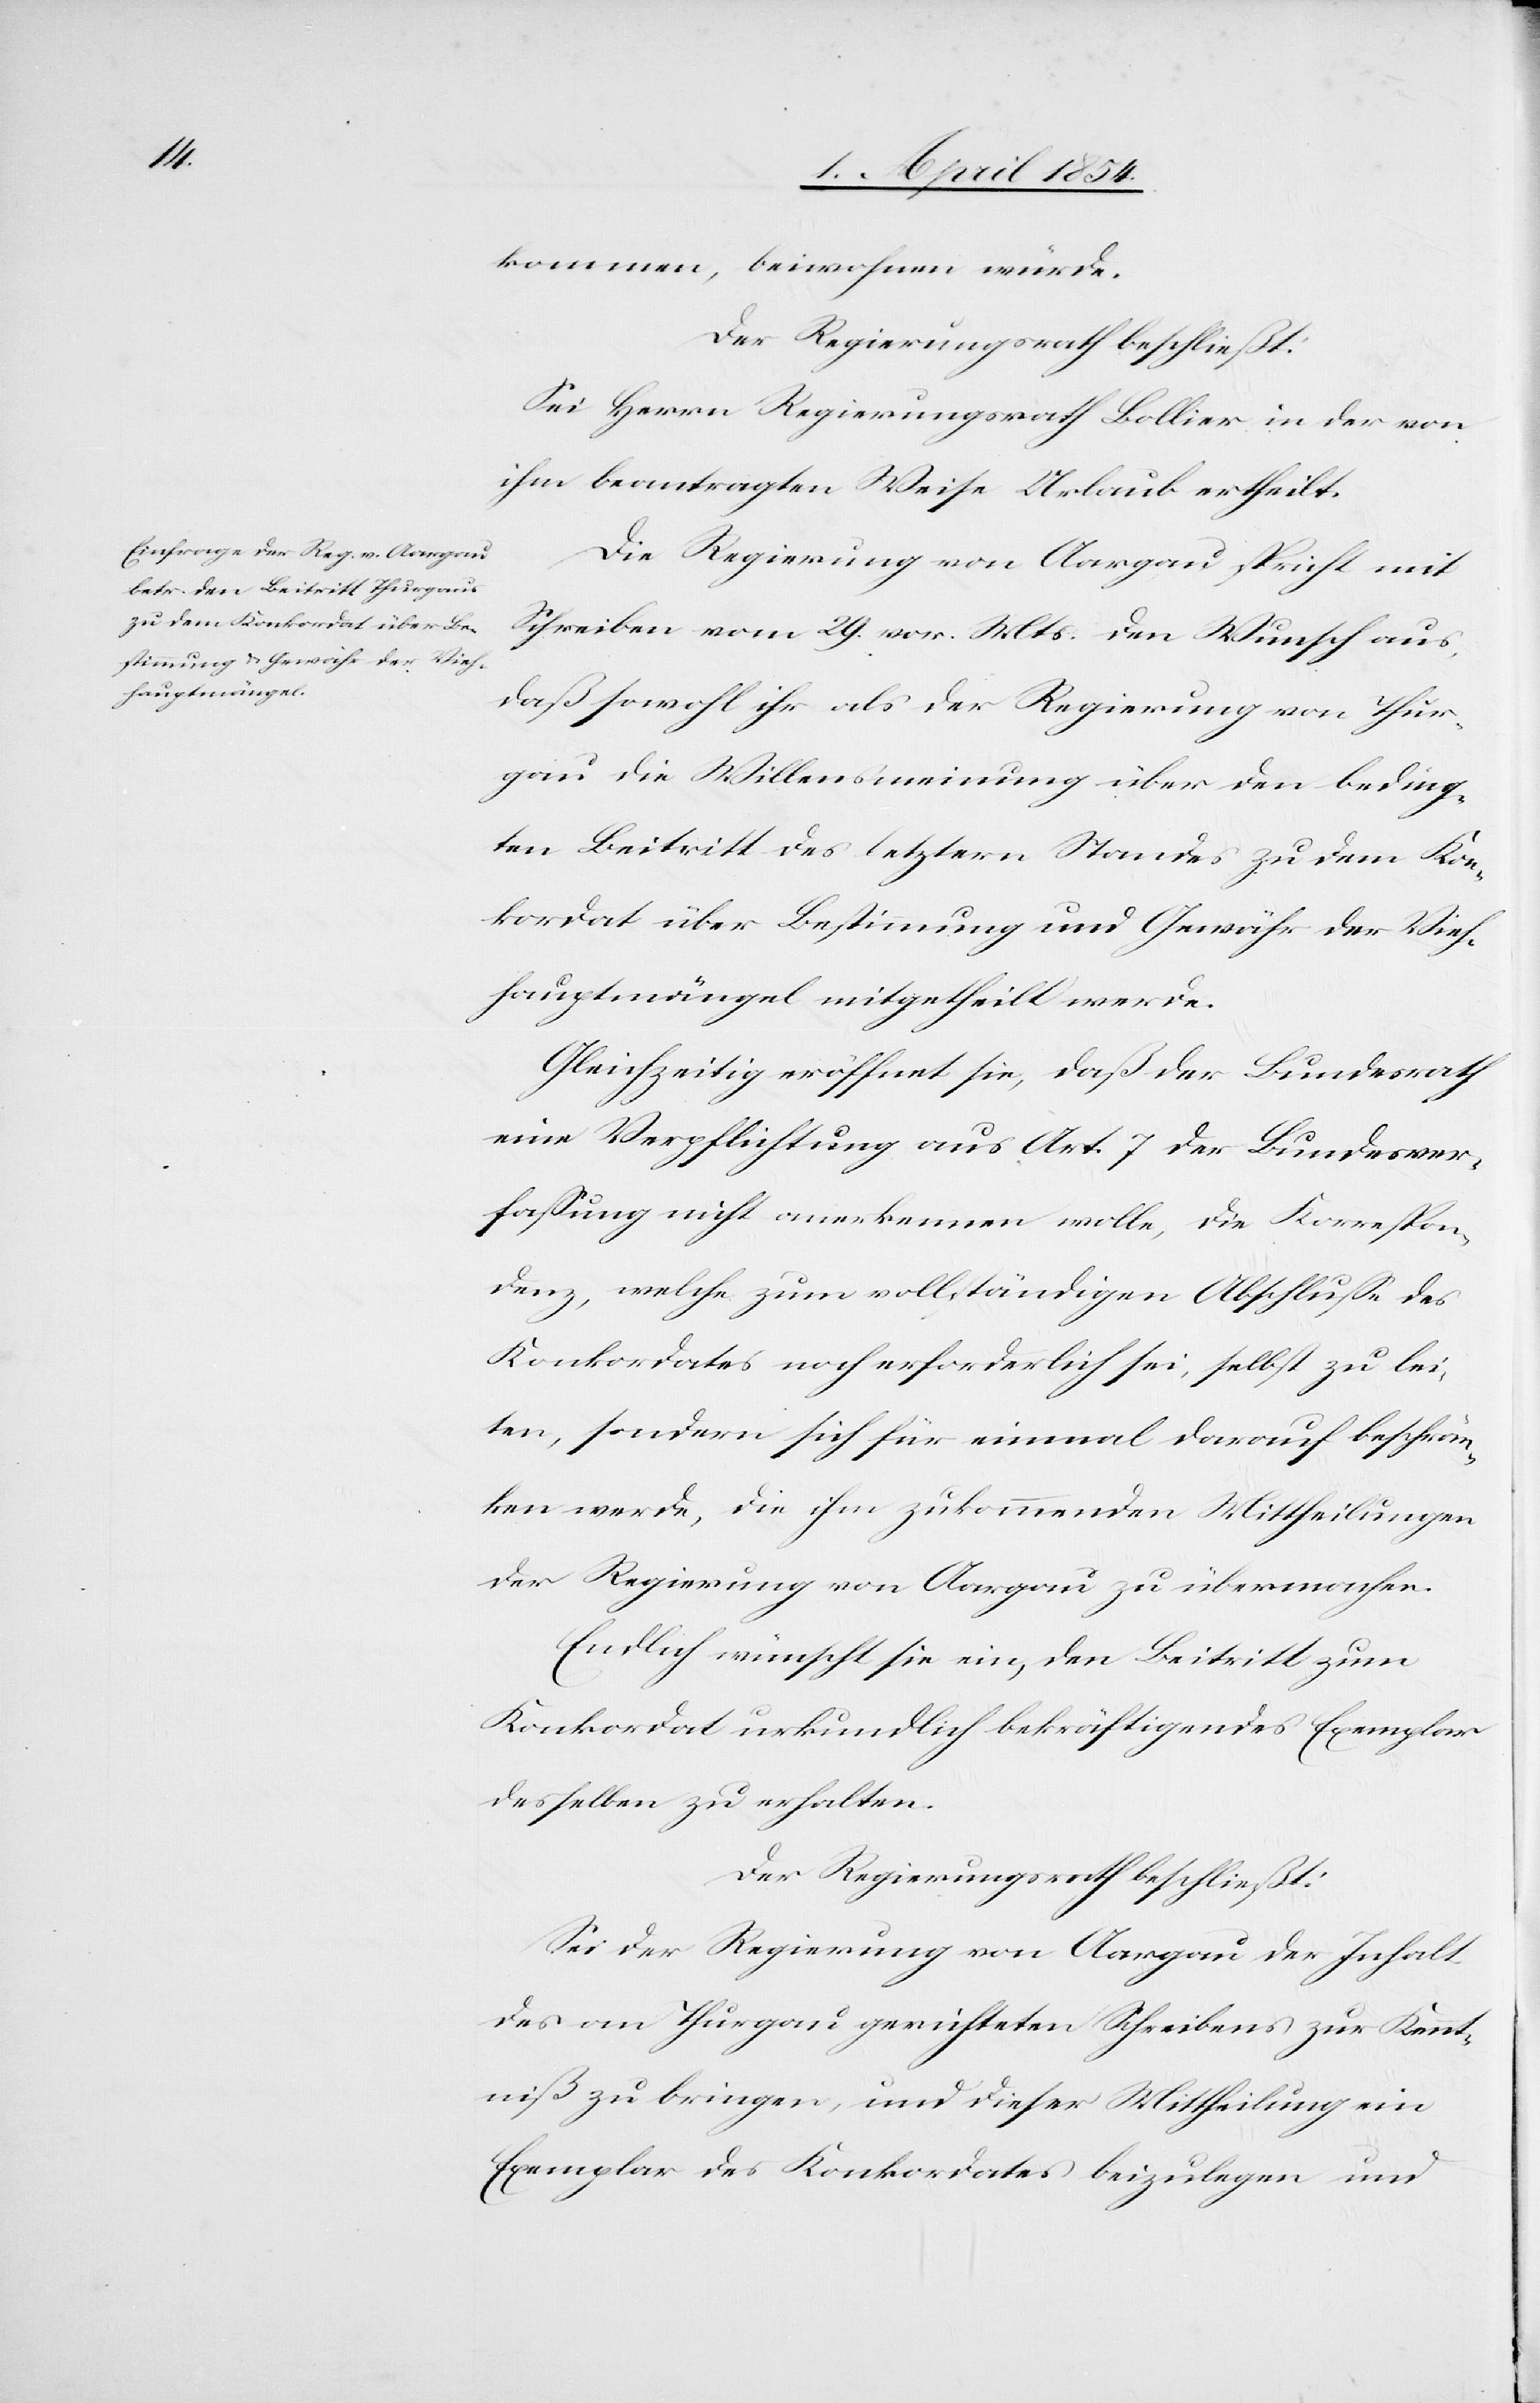
kommen, beiwohnen würde.
Der Regierungsrath beschließt:
Sei Herrn Regierungsrath Bollier in der von
ihm beantragten Weise Urlaub ertheilt.
Die Regierung von Aargau spricht mit
Schreiben vom 29. vor. Mts. den Wunsch aus,
daß sowohl ihr als der Regierung von Thur¬
gau die Willensmeinung über den beding¬
ten Beitritt des letztern Standes zu dem Kon¬
kordate über Bestimmung und Gewähr der Vieh¬
hauptmängel mitgetheilt werde.
Gleichzeitig eröffnet sie, daß der Bundesrath
eine Verpflichtung aus Art. 7 der Bundesver¬
faßung nicht anerkennen wolle, die Korrespon¬
denz, welche zum vollständigen Abschluße des
Konkordates noch erforderlich sei, selbst zu leis¬
ten, sondern sich für einmal darauf beschrän¬
ken werde, die ihm zukommenden Mittheilungen
der Regierung von Aargau zu übermachen.
Endlich wünscht sie ein, den Beitritt zum
Konkordat urkundlich bekräftigendes Exemplar
desselben zu erhalten.
Der Regierungsrath beschließt:
Sei der Regierung von Aargau der Inhalt
des an Thurgau gerichteten Schreibens zur Kennt¬
niß zu bringen, und dieser Mittheilung ein
Exemplar des Konkordates beizulegen und